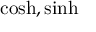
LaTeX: \cosh , \sinh